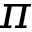
\pi